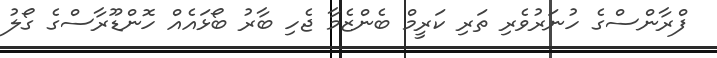
ފްރާންސްގެ ހުނަރުވެރި ތަރި ކަރީމް ބެންޒެމާ ޖެހި ބާރު ބޯޅައެއް ހޮންޑޫރާސްގެ ގޯލު